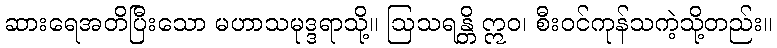
ဆားရေအတိပြီးသော မဟာသမုဒ္ဒရာသို့။ ဩသရန္တိ ဣဝ၊ စီးဝင်ကုန်သကဲ့သို့တည်း။